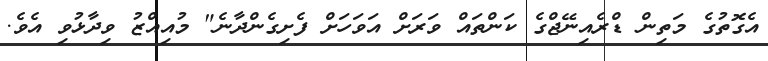
އެގޮތުގެ މަތިން ޑްރެއިނޭޖްގެ ކަންތައް ވަރަށް އަވަހަށް ފެށިގެންދާނެ" މުއިއްޒު ވިދާޅުވި އެވެ.